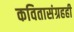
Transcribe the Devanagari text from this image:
कवितासंग्रहही